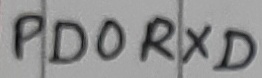
Text: PD0RXD